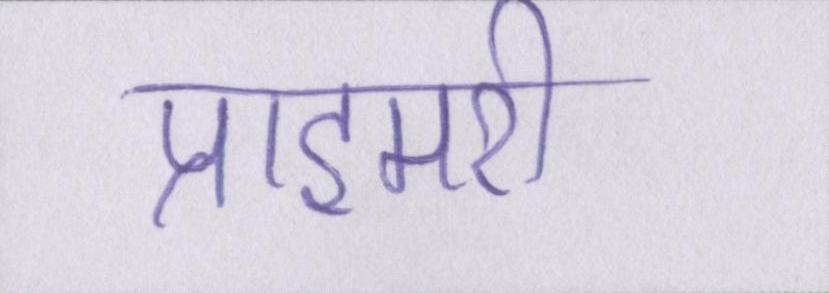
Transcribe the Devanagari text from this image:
प्राइमरी